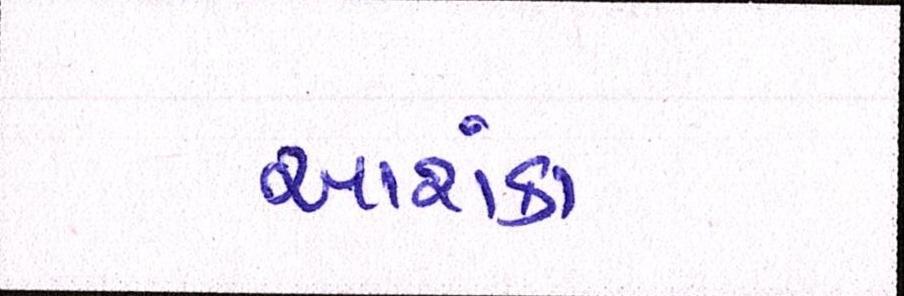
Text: આશંકા